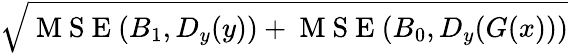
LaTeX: \sqrt{\mathrm{~M~S~E~}(B_{1},D_{y}(y))+\mathrm{~M~S~E~}(B_{0},D_{y}(G(x)))}